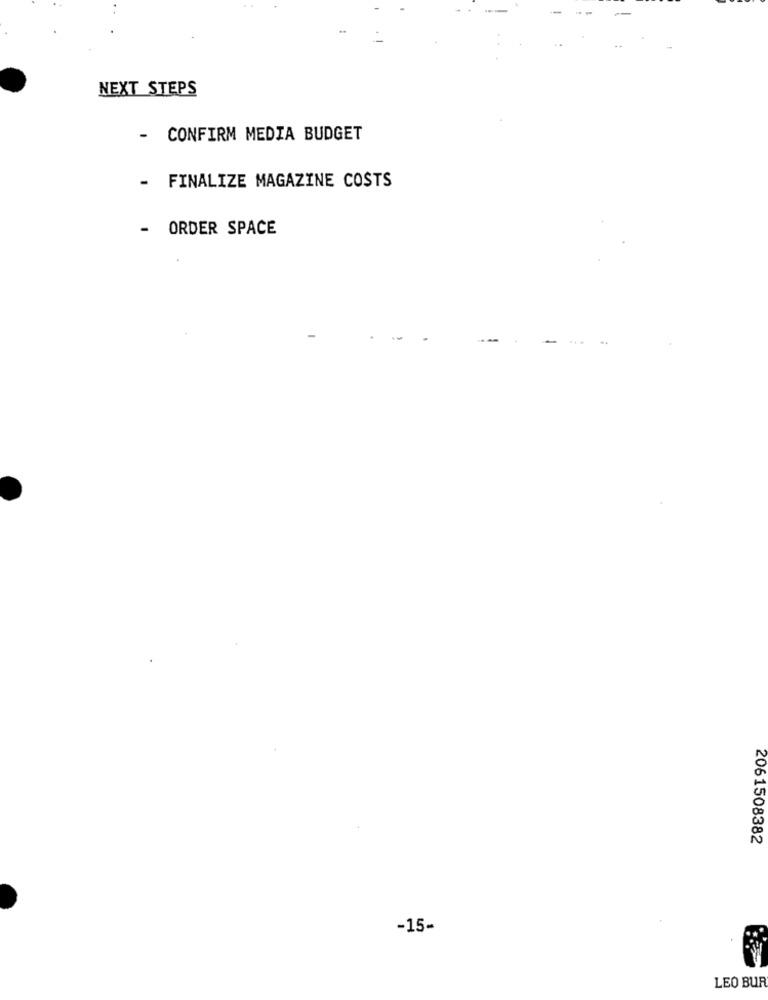
NEXT STEPS
- CONFIRM MEDIA BUDGET
- FINALIZE MAGAZINE COSTS
- ORDER SPACE
2061508382
-15-
LEO BUR